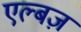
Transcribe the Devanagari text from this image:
एल्बज़